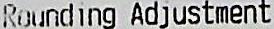
ROUNDING ADJUSTMENT